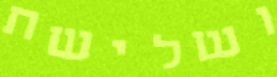
ושלישת